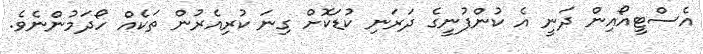
އެސްޓީއޯއިން ދަނީ އެ ކުންފުނީގެ ދަރަނި ކުޑަކޮށް ގިނަ ކުރިއެރުން ތަކެއް ހޯދަމުންނެވެ.